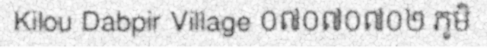
Kilou Dabpir Village ០៧០៧០៧០២ ភូមិ